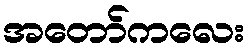
အတော်ကလေး